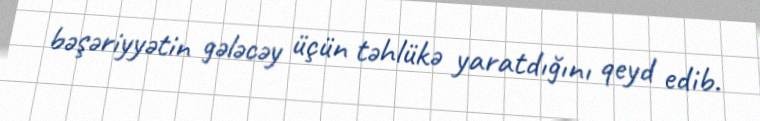
bəşəriyyətin gələcəy üçün təhlükə yaratdığını qeyd edib.